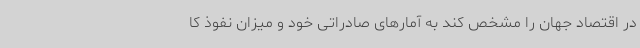
در اقتصاد جهان را مشخص کند به آمارهای صادراتی خود و میزان نفوذ کا